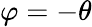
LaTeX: \varphi=-\theta